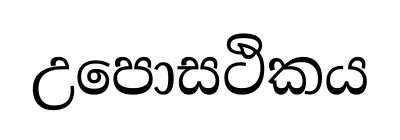
උපොසථිකය